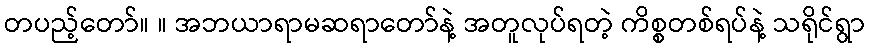
တပည့်တော်။ ။ အဘယာရာမဆရာတော်နဲ့ အတူလုပ်ရတဲ့ ကိစ္စတစ်ရပ်နဲ့ သရိုင်ရွာ